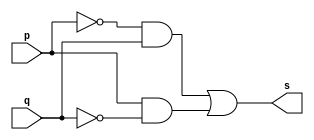
// Exercicio06 - XOR  
// Nome: Julio Miranda Machado 

// -- xor gate

module xorgate(output s, input p, input q);
 assign s = ((~p)&q) | (p&(~q));
endmodule // xorgate

module testxorgate;
 reg a, b;
 wire s;
 
xorgate XOR1 (s, a, b);
 
initial begin: start
	a = 0;
	b = 0;
end

initial begin: main
	$display("Exercicio06 - Julio Miranda Machado - 435666"); 
	$display("Test xor gate");
	$display("\n\t\t\t((~a)&b) | (a&(~b)) = s\n");
	$monitor("%d\t((~%b)&%b) | (%b&(~%b)) = %b", $time,a, b, a, b, s);
	#1 a = 0; b = 0;
	#1 a = 0; b = 1;
	#1 a = 1; b = 0;
	#1 a = 1; b = 1;
end
endmodule // testxorgate